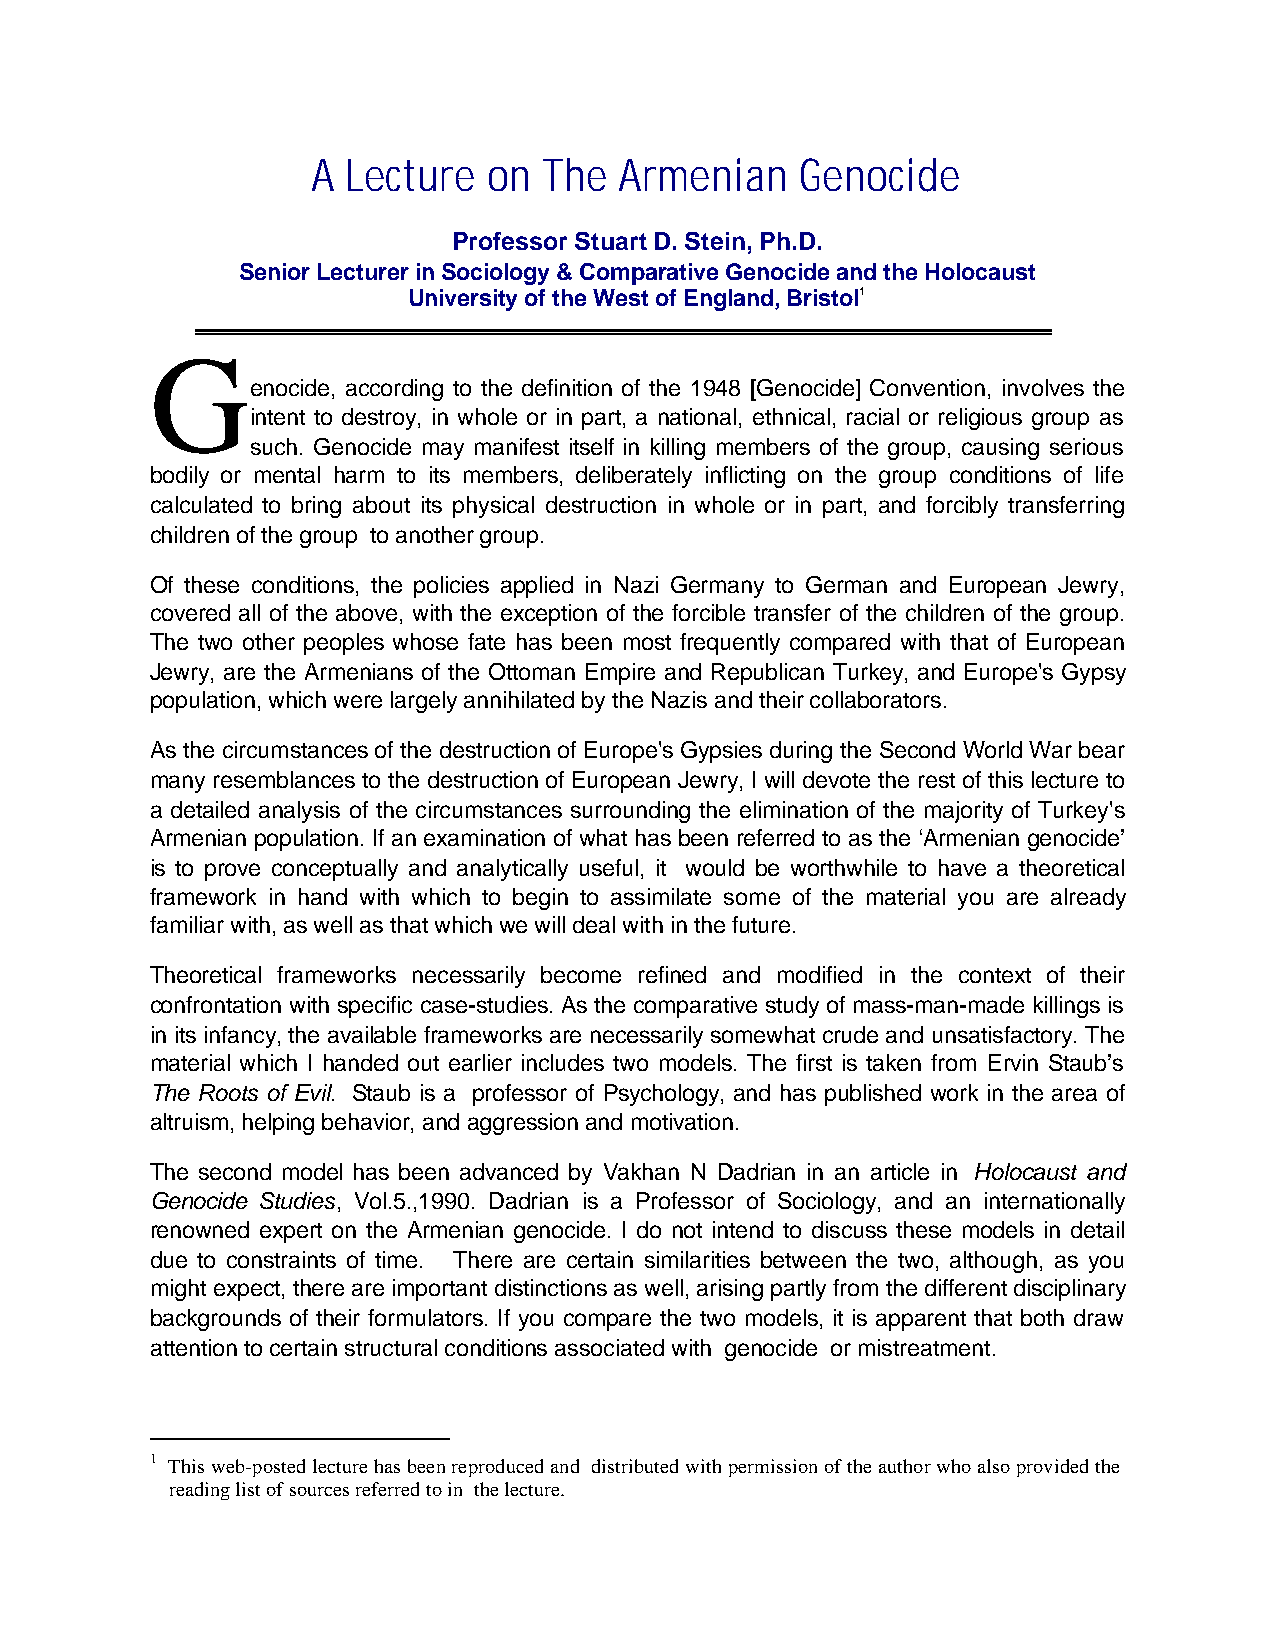
A Lecture  on  The  Armenian    Genocide
 Professor Stuart D. Stein, Ph.D.
 Senior Lecturer in Sociology & Comparative Genocide and the Holocaust
 University of the West of England, Bristol1
 G
 enocide, according to the definition of the 1948 [Genocide] Convention, involves the
 intent to destroy, in whole or in part, a national, ethnical, racial or religious group as
 such. Genocide may manifest itself in killing members of the group, causing serious
 bodily or mental harm to its members, deliberately inflicting on the group conditions of life
 calculated to bring about its physical destruction in whole or in part, and forcibly transferring
 children of the group to another group.
 Of these conditions, the policies applied in Nazi Germany to German and European Jewry,
 covered all of the above, with the exception of the forcible transfer of the children of the group.
 The two other peoples whose fate has been most frequently compared with that of European
 Jewry, are the Armenians of the Ottoman Empire and Republican Turkey, and Europe's Gypsy
 population, which were largely annihilated by the Nazis and their collaborators.
 As the circumstances of the destruction of Europe's Gypsies during the Second World War bear
 many resemblances to the destruction of European Jewry, I will devote the rest of this lecture to
 a detailed analysis of the circumstances surrounding the elimination of the majority of Turkey's
 Armenian population. If an examination of what has been referred to as the ‘Armenian genocide’
 is to prove conceptually and analytically useful, it would be worthwhile to have a theoretical
 framework in hand with which to begin to assimilate some of the material you are already
 familiar with, as well as that which we will deal with in the future.
 Theoretical frameworks necessarily become refined and modified in the context of their
 confrontation with specific case-studies. As the comparative study of mass-man-made killings is
 in its infancy, the available frameworks are necessarily somewhat crude and unsatisfactory. The
 material which I handed out earlier includes two models. The first is taken from Ervin Staub’s
 The Roots of Evil. Staub is a professor of Psychology, and has published work in the area of
 altruism, helping behavior, and aggression and motivation.
 The second model has been advanced by Vakhan N Dadrian in an article in Holocaust and
 Genocide Studies, Vol.5.,1990. Dadrian is a Professor of Sociology, and an internationally
 renowned expert on the Armenian genocide. I do not intend to discuss these models in detail
 due to constraints of time. There are certain similarities between the two, although, as you
 might expect, there are important distinctions as well, arising partly from the different disciplinary
 backgrounds of their formulators. If you compare the two models, it is apparent that both draw
 attention to certain structural conditions associated with genocide or mistreatment.
 1 This web-posted lecture has been reproduced and distributed with permission of the author who also provided the
 reading list of sources referred to in the lecture.